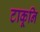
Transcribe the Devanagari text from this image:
टाकूनि